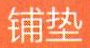
铺垫